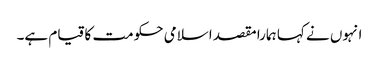
انہوں نے کہا ہمارا مقصد اسلامی حکومت کا قیام ہے۔